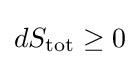
dS_{\text{tot}}\geq 0